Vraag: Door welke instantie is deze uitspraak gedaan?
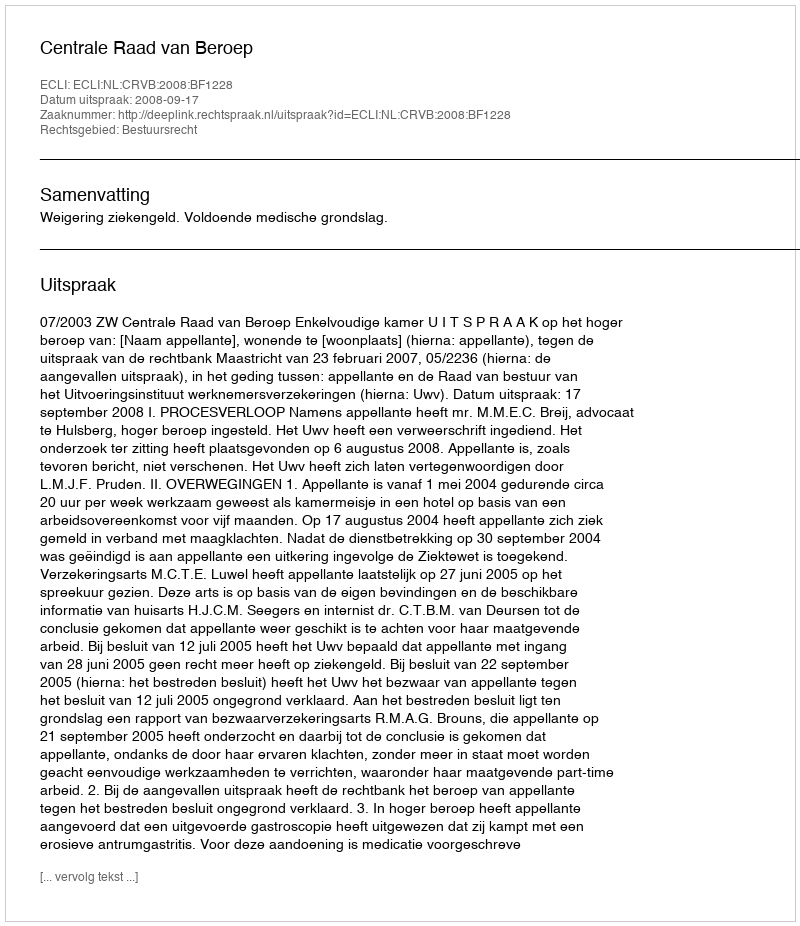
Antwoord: Centrale Raad van Beroep